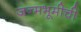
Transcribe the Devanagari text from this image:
जन्मभूमीची